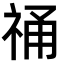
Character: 𮁾